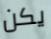
يكن